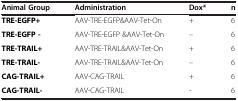
| Animal Group | Administration | Dox* | n |
 | --- | --- | --- | --- |
 | TRE-EGFP+ | AAV-TRE-EGFP&AAV-Tet-On | + | 6 |
 | TRE-EGFP - | AAV-TRE-EGFP &AAV-Tet-On | – | 6 |
 | TRE-TRAIL+ | AAV-TRE-TRAIL&AAV-Tet-On | + | 6 |
 | TRE-TRAIL- | AAV-TRE-TRAIL&AAV-Tet-On | – | 6 |
 | CAG-TRAIL+ | AAV-CAG-TRAIL | + | 6 |
 | CAG-TRAIL- | AAV-CAG-TRAIL | - | 6 |